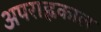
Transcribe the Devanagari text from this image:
अपराह्णकाल